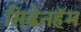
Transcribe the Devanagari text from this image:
सिडेनहॅम